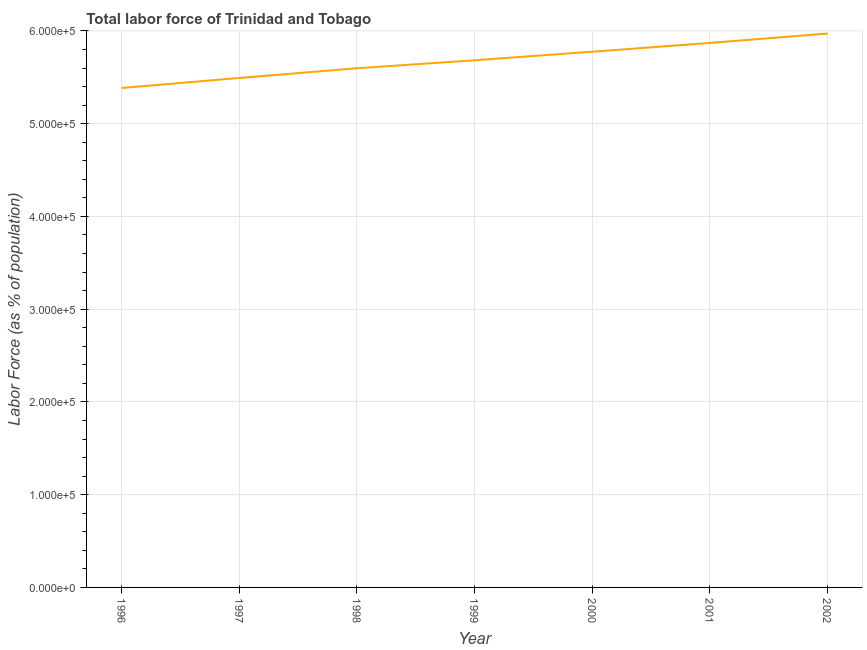
| Year | Labor force |
 | --- | --- |
 | 1996 | 5.38e+05 |
 | 1997 | 5.49e+05 |
 | 1998 | 5.6e+05 |
 | 1999 | 5.68e+05 |
 | 2000 | 5.78e+05 |
 | 2001 | 5.87e+05 |
 | 2002 | 5.97e+05 |